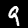
Label: 9